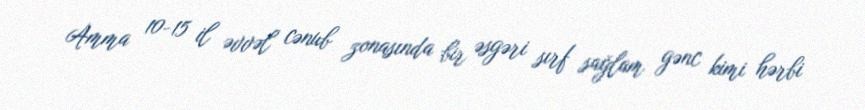
Amma 10-15 il əvvəl cənub zonasında bir əsgəri sırf sağlam gənc kimi hərbi